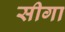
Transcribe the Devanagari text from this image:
सीगा